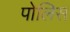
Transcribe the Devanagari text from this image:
पोलिस